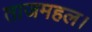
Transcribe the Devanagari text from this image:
ताजमहल।